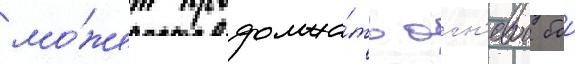
мо́жет продолжа́ть огн'евои бои